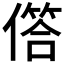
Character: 𠍹